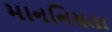
માનનિયતા